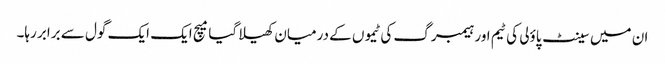
ان میں سینٹ پاؤلی کی ٹیم اور ہیمبرگ کی ٹیموں کے درمیان کھیلا گیا میچ ایک ایک گول سے برابر رہا۔